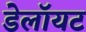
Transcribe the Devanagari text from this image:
डेलॉयट